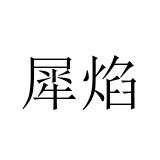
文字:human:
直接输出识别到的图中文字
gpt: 犀焰